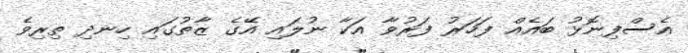
އެސްފިނޮޅު ބައެއް ފަހަރު ފަރުވާ އަކާ ނުލައި އޭގެ ޒާތުގައި ހިނދި ތިރިވެ